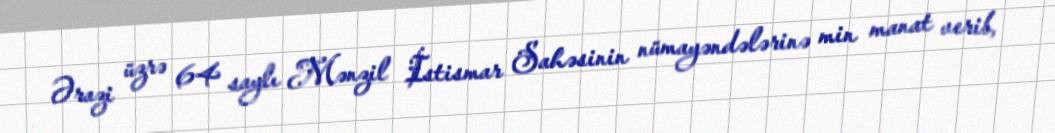
Ərazi üzrə 64 saylı Mənzil İstismar Sahəsinin nümayəndələrinə min manat verib,